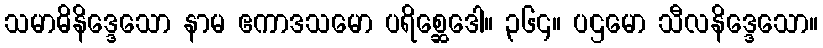
သမာဓိနိဒ္ဒေသော နာမ ဧကာဒသမော ပရိစ္ဆေဒေါ။ ၃၆၄။ ပဌမော သီလနိဒ္ဒေသော။